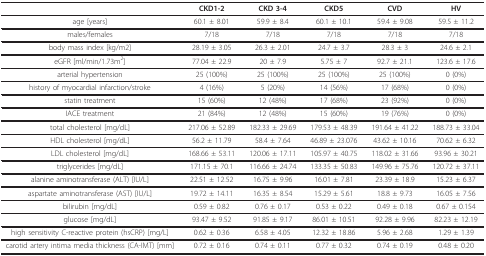
<table><thead><tr><td></td><td><b>CKD1-2</b></td><td><b>CKD 3-4</b></td><td><b>CKD5</b></td><td><b>CVD</b></td><td><b>HV</b></td></tr></thead><tbody><tr><td>age [years]</td><td>60.1 ± 8.01</td><td>59.9 ± 8.4</td><td>60.1 ± 10.1</td><td>59.4 ± 9.08</td><td>59.5 ± 11.2</td></tr><tr><td>males/females</td><td>7/18</td><td>7/18</td><td>7/18</td><td>7/18</td><td>7/18</td></tr><tr><td>body mass index [kg/m2]</td><td>28.19 ± 3.05</td><td>26.3 ± 2.01</td><td>24.7 ± 3.7</td><td>28.3 ± 3</td><td>24.6 ± 2.1</td></tr><tr><td>eGFR [ml/min/1.73m<sup>2</sup>]</td><td>77.04 ± 22.9</td><td>20 ± 7.9</td><td>5.75 ± 7</td><td>92.7 ± 21.1</td><td>123.6 ± 17.6</td></tr><tr><td>arterial hypertension</td><td>25 (100%)</td><td>25 (100%)</td><td>25 (100%)</td><td>25 (100%)</td><td>0 (0%)</td></tr><tr><td>history of myocardial infarction/stroke</td><td>4 (16%)</td><td>5 (20%)</td><td>14 (56%)</td><td>17 (68%)</td><td>0 (0%)</td></tr><tr><td>statin treatment</td><td>15 (60%)</td><td>12 (48%)</td><td>17 (68%)</td><td>23 (92%)</td><td>0 (0%)</td></tr><tr><td>IACE treatment</td><td>21 (84%)</td><td>12 (48%)</td><td>15 (60%)</td><td>19 (76%)</td><td>0 (0%)</td></tr><tr><td>total cholesterol [mg/dL]</td><td>217.06 ± 52.89</td><td>182.33 ± 29.69</td><td>179.53 ± 48.39</td><td>191.64 ± 41.22</td><td>188.73 ± 33.04</td></tr><tr><td>HDL cholesterol [mg/dL]</td><td>56.2 ± 11.79</td><td>58.4 ± 7.64</td><td>46.89 ± 23.076</td><td>43.62 ± 10.16</td><td>70.62 ± 6.32</td></tr><tr><td>LDL cholesterol [mg/dL]</td><td>168.66 ± 53.11</td><td>120.06 ± 17.11</td><td>105.97 ± 40.75</td><td>118.02 ± 31.66</td><td>93.96 ± 30.21</td></tr><tr><td>triglycerides [mg/dL]</td><td>171.15 ± 70.1</td><td>116.66 ± 24.74</td><td>133.35 ± 50.83</td><td>149.96 ± 75.76</td><td>120.72 ± 37.11</td></tr><tr><td>alanine aminotransferase (ALT) [IU/L]</td><td>22.51 ± 12.52</td><td>16.75 ± 9.96</td><td>16.01 ± 7.81</td><td>23.39 ± 18.9</td><td>15.23 ± 6.37</td></tr><tr><td>aspartate aminotransferase (AST) [IU/L]</td><td>19.72 ± 14.11</td><td>16.35 ± 8.54</td><td>15.29 ± 5.61</td><td>18.8 ± 9.73</td><td>16.05 ± 7.56</td></tr><tr><td>bilirubin [mg/dL]</td><td>0.59 ± 0.82</td><td>0.76 ± 0.17</td><td>0.53 ± 0.22</td><td>0.49 ± 0.18</td><td>0.67 ± 0.154</td></tr><tr><td>glucose [mg/dL]</td><td>93.47 ± 9.52</td><td>91.85 ± 9.17</td><td>86.01 ± 10.51</td><td>92.28 ± 9.96</td><td>82.23 ± 12.19</td></tr><tr><td>high sensitivity C-reactive protein (hsCRP) [mg/L]</td><td>0.62 ± 0.36</td><td>6.58 ± 4.05</td><td>12.32 ± 18.86</td><td>5.96 ± 2.68</td><td>1.29 ± 1.39</td></tr><tr><td>carotid artery intima media thickness (CA-IMT) [mm]</td><td>0.72 ± 0.16</td><td>0.74 ± 0.11</td><td>0.77 ± 0.32</td><td>0.74 ± 0.19</td><td>0.48 ± 0.20</td></tr></tbody></table>